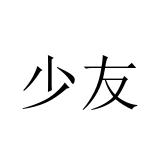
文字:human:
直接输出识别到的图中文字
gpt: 少友